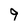
Character: 9